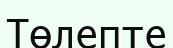
Төлепте